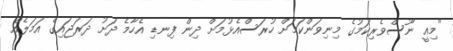
"މިއީ ނޫސްވެރިކަމުގެ މިނިވަންކަމަށް ހުރަސްއެޅުމަށް ދިން ފިނޑި އެހާމެ ދަށު ދަރަޖައިގެ އަމަލެއް